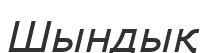
Шындық